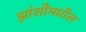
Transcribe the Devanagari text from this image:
झांशीमधील